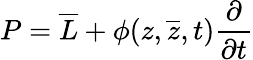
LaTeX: P={\overline{{L}}}+\phi(z,{\overline{{z}}},t){\frac{\partial}{\partial t}}